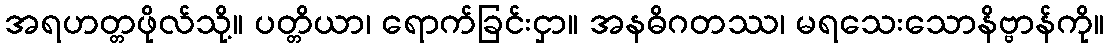
အရဟတ္တဖိုလ်သို့။ ပတ္တိယာ၊ ရောက်ခြင်းငှာ။ အနဓိဂတဿ၊ မရသေးသောနိဗ္ဗာန်ကို။